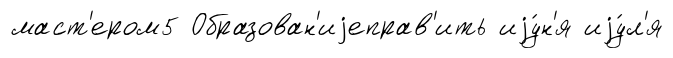
маст'ером5 Образован'иjеправ'ить иjу́н'я иjу́л'я